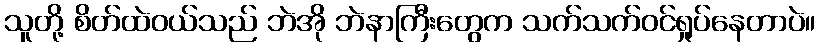
သူတို့ စိတ်ထဲဝယ်သည် ဘဲအို ဘဲနာကြီးတွေက သက်သက်ဝင်ရှုပ်နေတာပဲ။